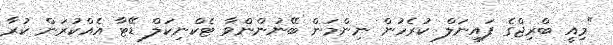
"މިއީ ބްރިޖްގެ ފައިނަލް ކުރެހުން ނިންމަން ބޭނުންންވާ ޓެކްނިކަލް ޑޭޓާ އެއްކުރަން ކުރާ